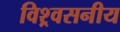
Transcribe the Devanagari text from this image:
विश्र्वसनीय